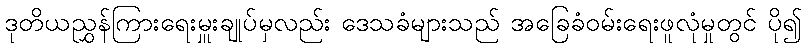
ဒုတိယညွှန်ကြားရေးမှူးချုပ်မှလည်း ဒေသခံများသည် အခြေခံဝမ်းရေးဖူလုံမှုတွင် ပို၍